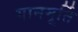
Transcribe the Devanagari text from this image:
गानमूर्ति